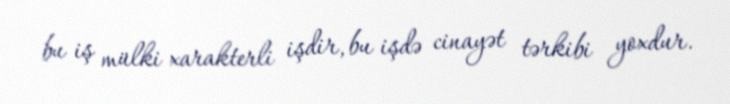
bu iş mülki xarakterli işdir, bu işdə cinayət tərkibi yoxdur.